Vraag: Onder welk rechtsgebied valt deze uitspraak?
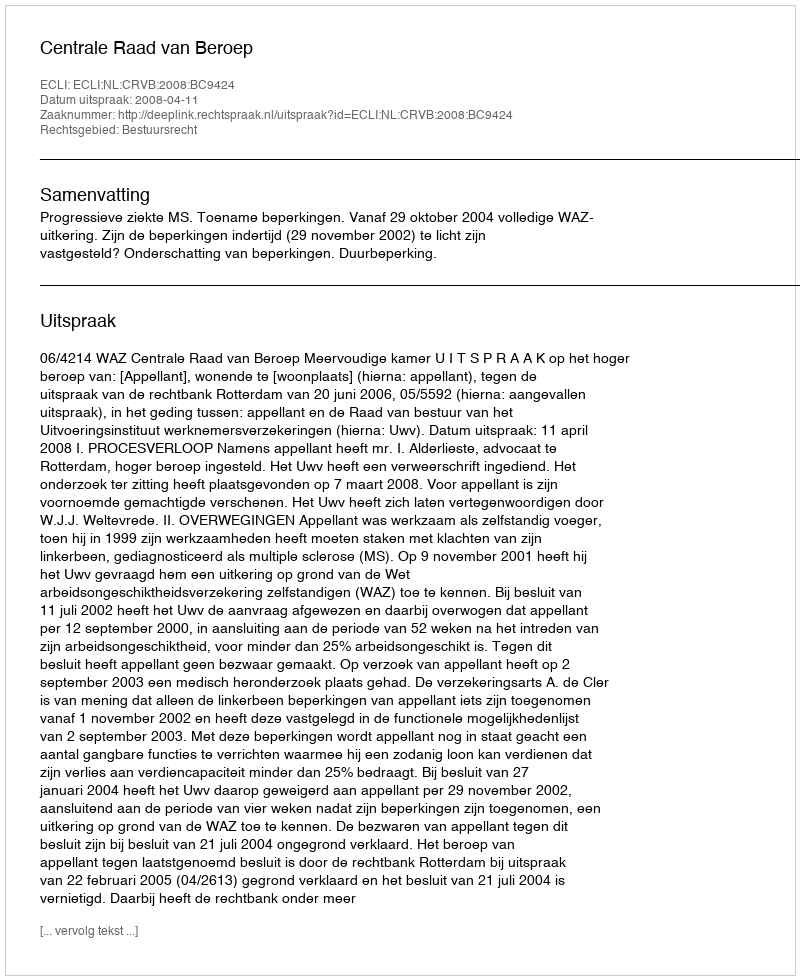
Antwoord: Bestuursrecht